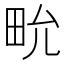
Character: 㽙